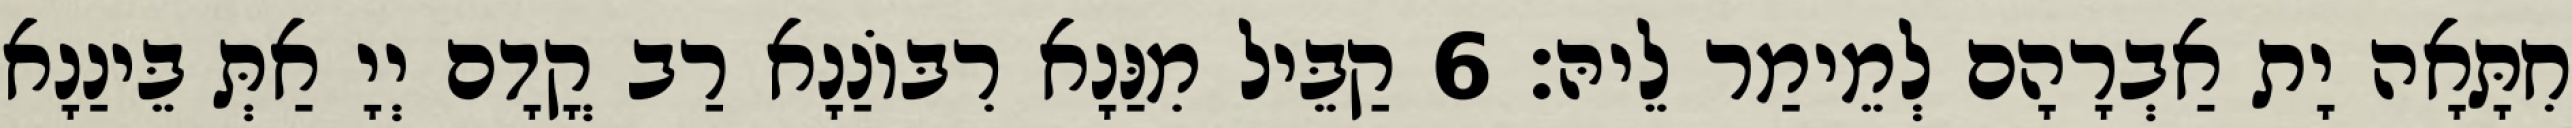
חִתָּאָה יָת אַבְרָהָם לְמֵימַר לֵיהּ׃ 6 קַבֵּיל מִנַּנָא רִבּוֹנַנָא רַב קֳדָם יְיָ אַתְּ בֵּינַנָא